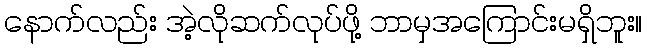
နောက်လည်း အဲ့လိုဆက်လုပ်ဖို့ ဘာမှအကြောင်းမရှိဘူး။